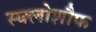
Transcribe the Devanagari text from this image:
स्क्लोशौफ